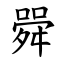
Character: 䑝